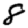
Digit: 8